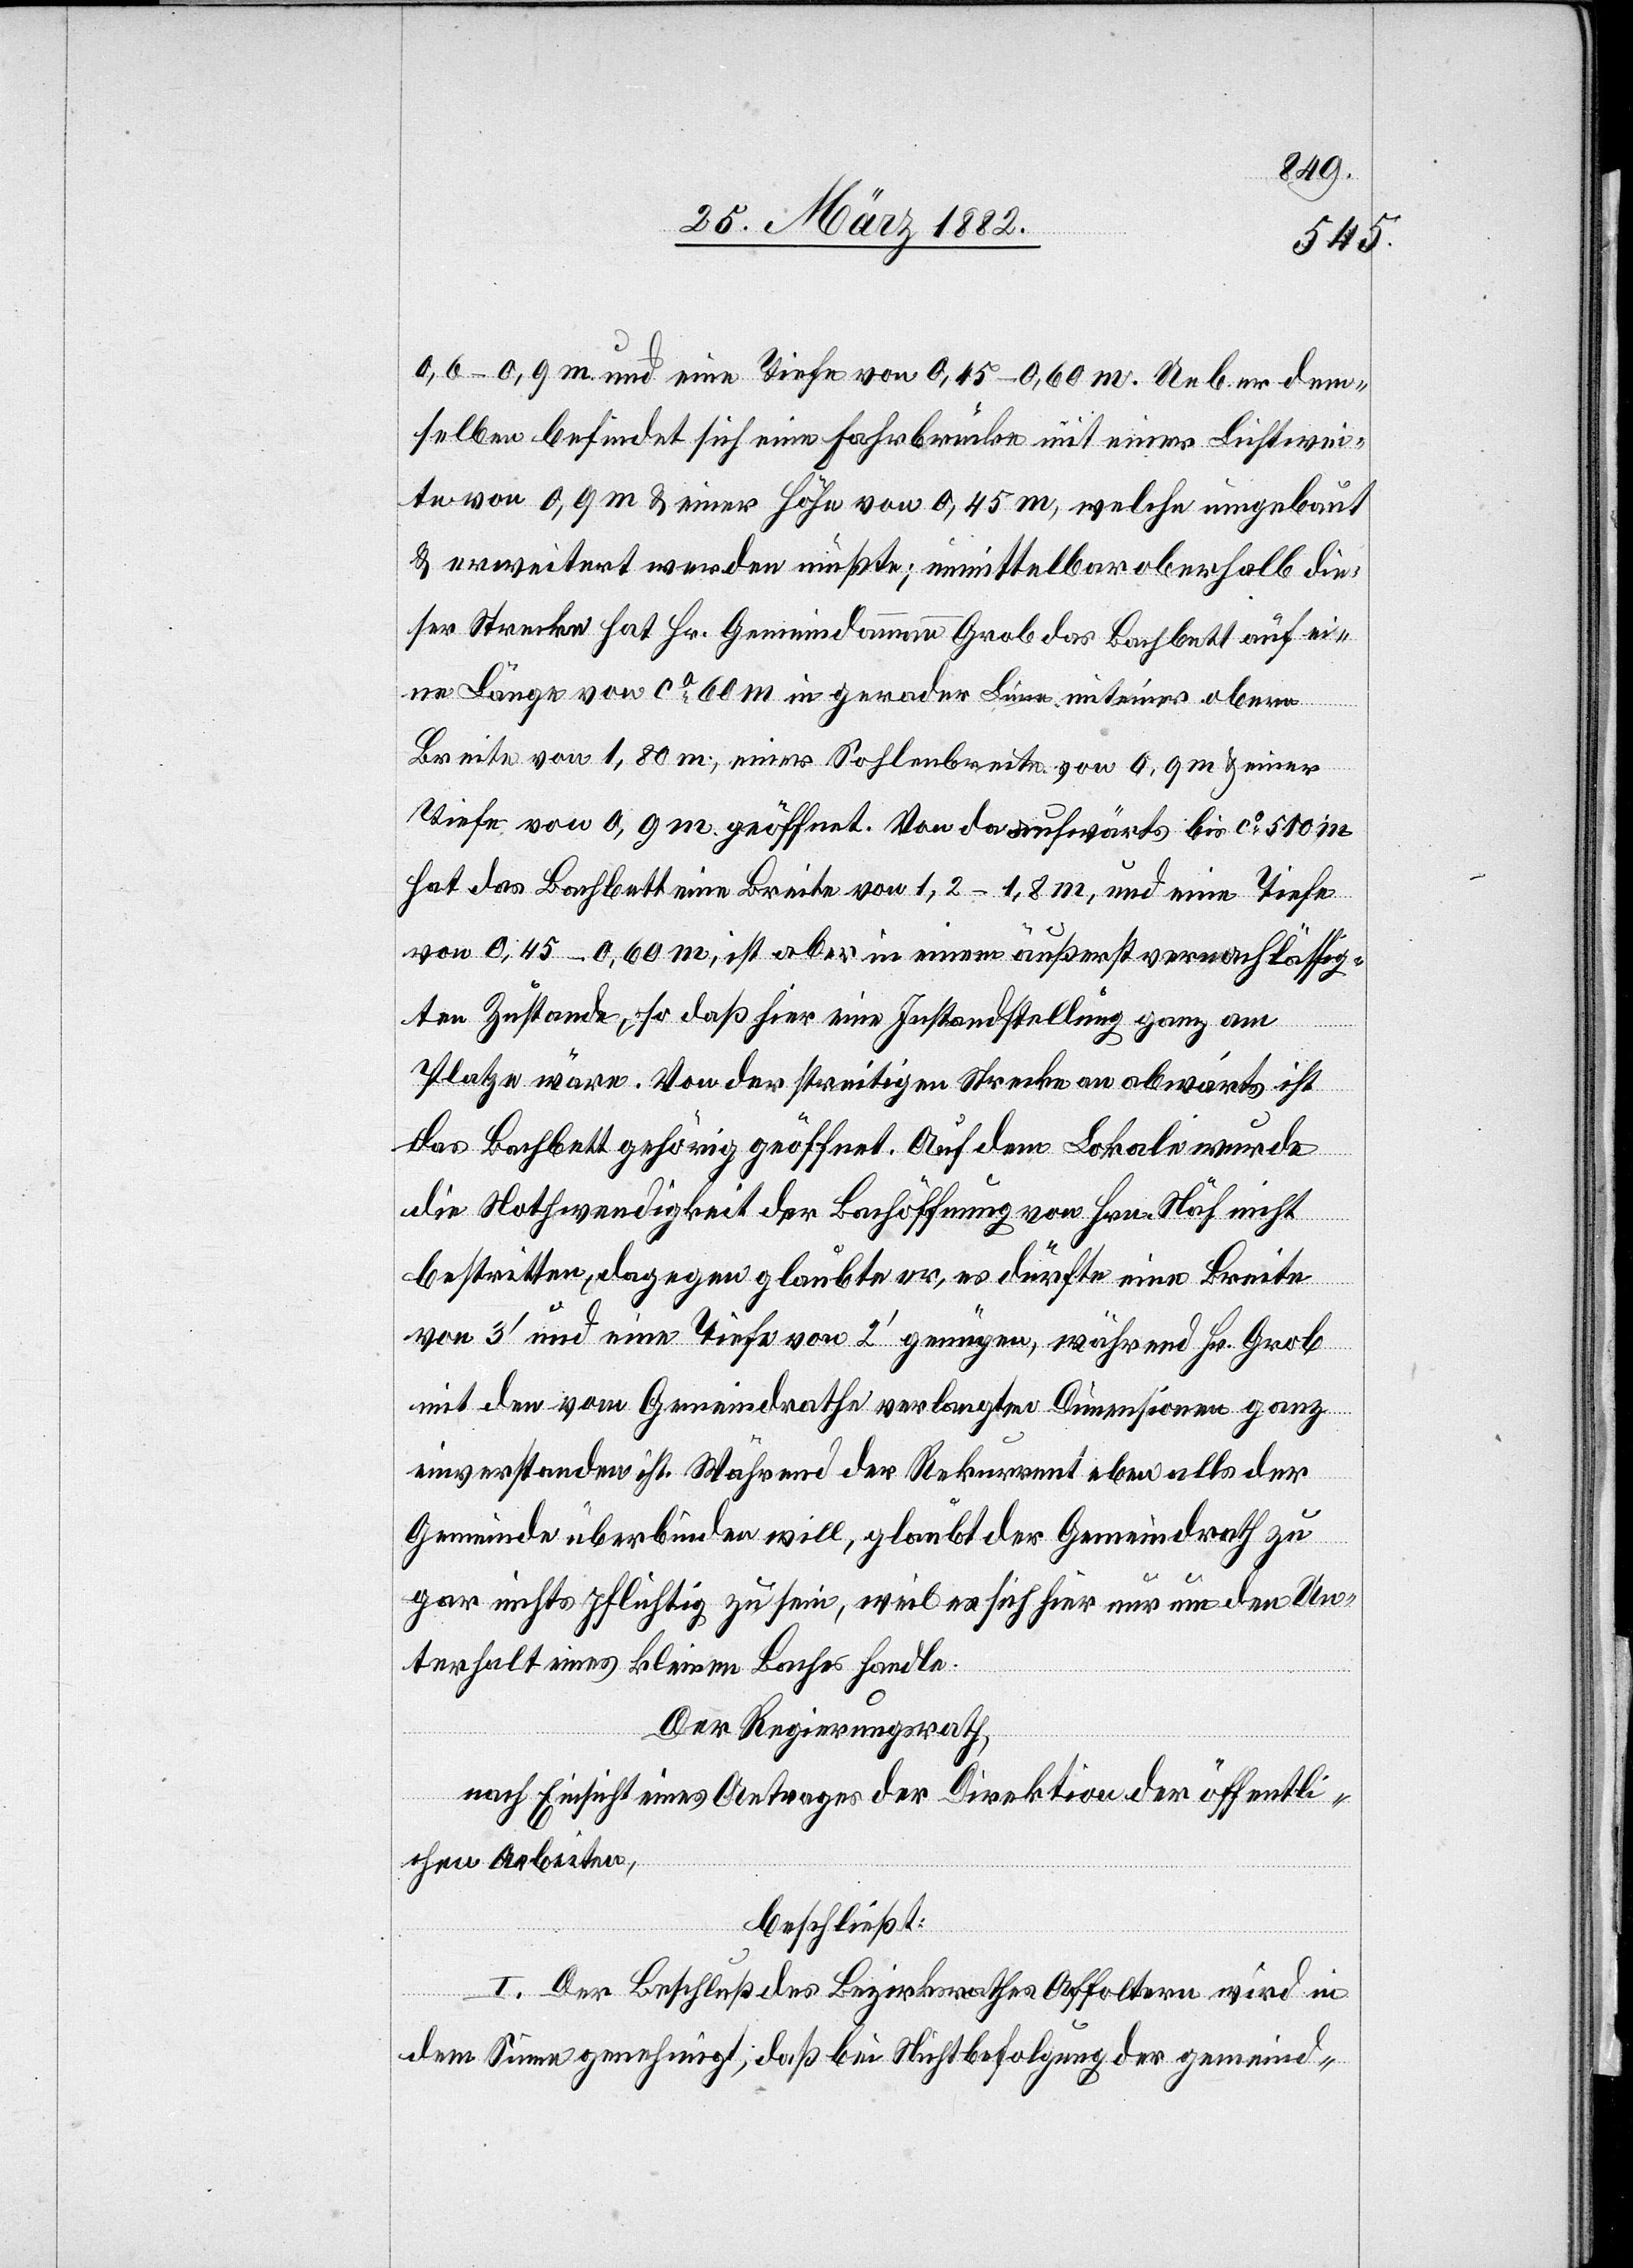
0,6–0,9 m und eine Tiefe von 0,45–0,60 m. Ueber dem¬
selben befindet sich eine Fahrbrücke mit einer Lichtwei¬
te von 0,9 m & einer Höhe von 0,45 m, welche umgebaut
& erweitert werden müßte; unmittelbar oberhalb die¬
ser Strecke hat Hr. Gemeindeammann Grob das Bachbett auf ei¬
ne Länge von ca 60 m in gerader Linie mit einer obern
Breite von 1,80 m; einer Sohlenbreite von 0,9 m & einer
Tiefe von 0,9 m geöffnet. Von da aufwärts bis ca 510 m
hat das Bachbett eine Breite von 1,2–1,8 m, und eine Tiefe
von 0,45–0,60 m, ist aber in einem äußerst vernachlässig¬
ten Zustande, so daß hier eine Instandstellung ganz am
Platze wäre. Von der streitigen Strecke an abwärts ist
das Bachbett gehörig geöffnet. Auf dem Lokale wurde
die Nothwendigkeit der Bachöffnung von Hrn. Näf nicht
bestritten, dagegen glaubte er, es dürfte eine Breite
von 3’ und eine Tiefe von 2’ genügen, während Hr. Grob
mit den vom Gemeindrathe verlangten Dimensionen ganz
einverstanden ist. Während der Rekurrent eben alles der
Gemeinde überbinden will, glaubt der Gemeindrath zu
gar nichts pflichtig zu sein, weil es sich hier nur um den Un¬
terhalt eines kleinen Baches handle.
Der Regierungsrath,
nach Einsicht eines Antrages der Direktion der öffentli¬
chen Arbeiten,
beschließt:
I. Der Beschluß des Bezirksrathes Affoltern wird in
dem Sinne genehmigt, daß bei Nichtbefolgung der gemeind-